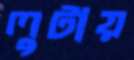
লুটায়